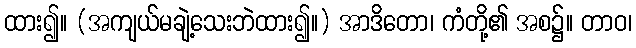
ထား၍။ (အကျယ်မချဲ့သေးဘဲထား၍။) အာဒိတော၊ ကံတို့၏ အစ၌။ တာဝ၊